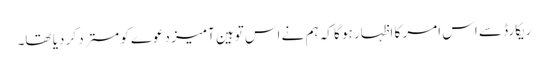
ریکارڈ سے اس امر کا اظہار ہو گا کہ ہم نے اس توہین آمیز دعوے کو مسترد کر دیا تھا۔